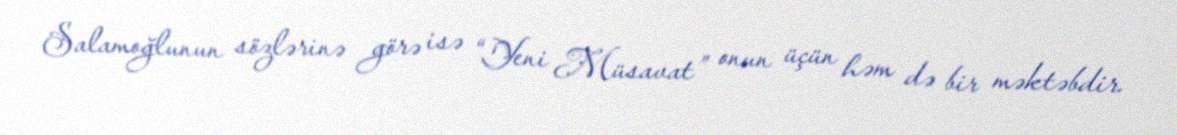
Salamoğlunun sözlərinə görə isə “Yeni Müsavat” onun üçün həm də bir məktəbdir.